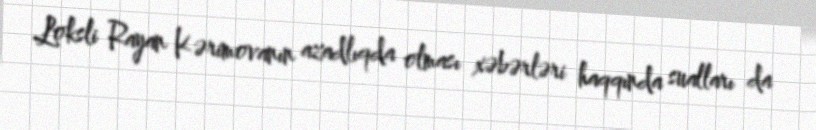
Loksli Rayan Kərimovanın azadlıqda olması xəbərləri haqqında sualları da